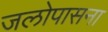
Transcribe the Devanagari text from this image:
जलोपासना